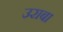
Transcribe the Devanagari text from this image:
उराबा